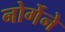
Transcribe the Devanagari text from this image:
नोर्गेने